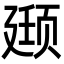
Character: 颋